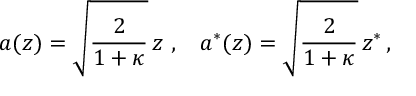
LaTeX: a ( z ) = \sqrt { \frac { 2 } { 1 + \kappa } } \, z \, \, , \, \, \; \; a ^ { * } ( z ) = \sqrt { \frac { 2 } { 1 + \kappa } } \, z ^ { * } \, ,